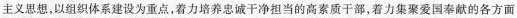
主义思想，以组织体系建设为重点，着力培养忠诚干净担当的高素质干部，着力集聚爱国奉献的各方面